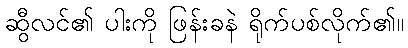
ဆွီလင်၏ ပါးကို ဖြန်းခနဲ ရိုက်ပစ်လိုက်၏။